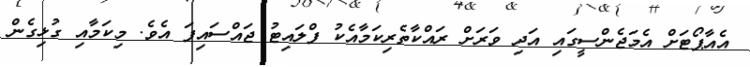
އެއާޕޯޓަށް އެމަޖެންސީގައި އަދި ވަރަށް ރައްކާތެރިކަމާއެކު ފްލައިޓު ޖައްސައިފަ އެވެ. މިކަމާއި ގުޅިގެން